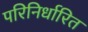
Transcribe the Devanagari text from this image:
परिनिर्धारित